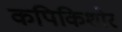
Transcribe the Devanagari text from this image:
कपिकिशोर